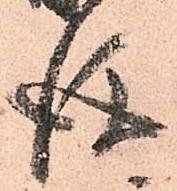
後